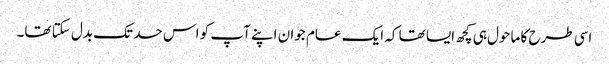
اسی طرح کا ماحول ہی کچھ ایسا تھا کہ ایک عام جوان اپنے آپ کو اس حد تک بدل سکتا تھا۔